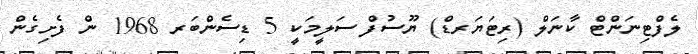
ލެފްޓިނަންޓް ކާނަލް (ރިޓަޔަރޑް) ޔޫސުފް ސަލީމަކީ 5 ޑިސެންބަރ 1968 ން ފެށިގެން